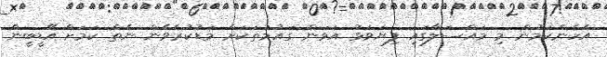
އެހެންކަމުން މި މައްސަލާގައި ފިޔަވަޅު އަޅަން ގައުމުތަކަށް މަޑުކުރެވެން ނެތް ކަމަށް އޭޑީބީން